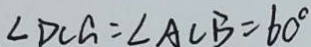
\angle D C G = \angle A C B = 6 0 ^ { \circ }